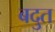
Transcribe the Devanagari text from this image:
बदुत